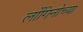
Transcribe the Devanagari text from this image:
लोंगिनोच्या